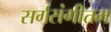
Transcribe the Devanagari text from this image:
सर्गसंगीतम